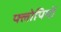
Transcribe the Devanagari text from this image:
फ्लोपियों